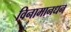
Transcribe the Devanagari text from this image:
विनामानधन